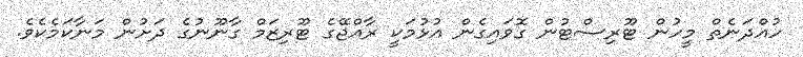
ހުއްދަނެތް މީހުން ޓޫރިސްޓުން ގޮވައިގެން އުޅުމަކީ ރާއްޖޭގެ ޓޫރިޒަމް ގާނޫނުގެ ދަށުން މަނާކަމެކެވެ.